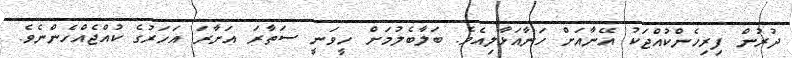
ދުރުން ފިރިހެންކުއްޖަކު އޭނާއަށް ހަނާއަޅާލިއެވެ. ބަލާބެލުމަށް ހީވަނީ ސަތާރަ އަށާރަ އަހަރުގެ ކުއްޖެއްހެންނެވެ.